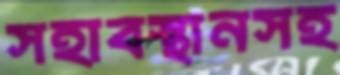
সহাবস্থানসহ